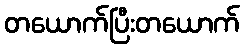
တယောက်ပြီးတယောက်